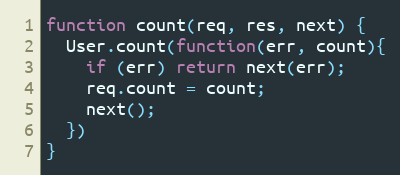
Language: JavaScript
function count(req, res, next) {
  User.count(function(err, count){
    if (err) return next(err);
    req.count = count;
    next();
  })
}